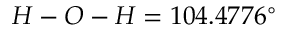
H - O - H = 1 0 4 . 4 7 7 6 ^ { \circ }